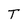
Character: T